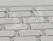
أعرف